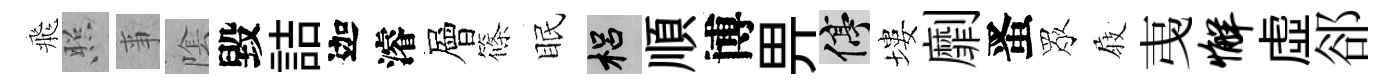
飛照亊隂毀詰迦濬層篠眠梠順博畀停塿劘󱉠眾𡲆𢎯懈虛郤